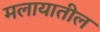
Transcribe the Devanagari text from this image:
मलायातील